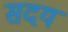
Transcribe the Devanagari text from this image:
सदयं